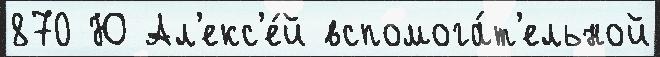
870 Ю Ал'екс'е́й вспомога́т'ельной